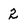
Character: 2